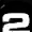
Digit: 2